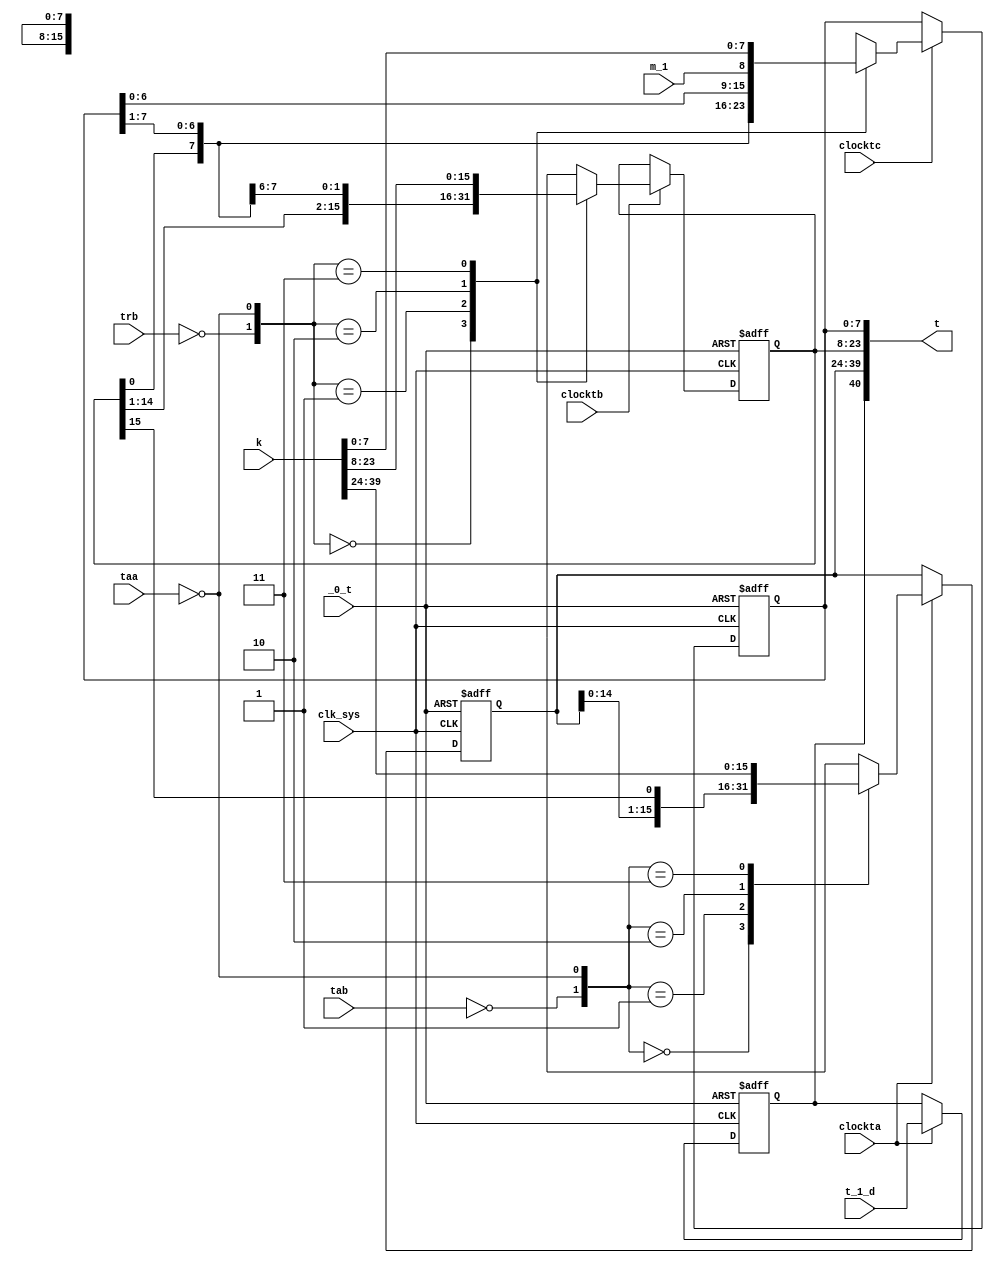
module t(
	input clk_sys,
	input _0_t,
	input taa,
	input tab,
	input trb,
	input clockta,
	input clocktb,
	input clocktc,
	input t_1_d,
	input [0:39] k,
	input m_1,
	output reg [-1:39] t
);

	always @ (posedge clk_sys, posedge _0_t) begin
		if (_0_t) t[0:15] <= 0;
		else if (clockta) case ({~tab, ~taa})
			2'b00: t[0:15] <= t[0:15];
			2'b01: t[0:15] <= t[-1:14];
			2'b10: t[0:15] <= t[1:16];
			2'b11: t[0:15] <= k[0:15];
		endcase
	end

	always @ (posedge clk_sys, posedge _0_t) begin
		if (_0_t) t[16:31] <= 0;
		else if (clocktb) case ({~trb, ~taa})
			2'b00: t[16:31] <= t[16:31];
			2'b01: t[16:31] <= t[15:30];
			2'b10: t[16:31] <= t[17:32];
			2'b11: t[16:31] <= k[16:31];
		endcase
	end

	always @ (posedge clk_sys, posedge _0_t) begin
		if (_0_t) t[32:39] <= 0;
		else if (clocktc) case ({~trb, ~taa})
			2'b00: t[32:39] <= t[32:39];
			2'b01: t[32:39] <= t[31:38];
			2'b10: t[32:39] <= {t[33:39], m_1};
			2'b11: t[32:39] <= k[32:39];
		endcase
	end

	always @ (posedge clk_sys, posedge _0_t) begin
		if (_0_t) t[-1] <= 1'b0;
		else if (clockta) t[-1] <= t_1_d;
	end

endmodule

// vim: tabstop=2 shiftwidth=2 autoindent noexpandtab